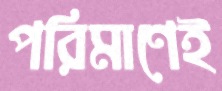
পরিমাণেই